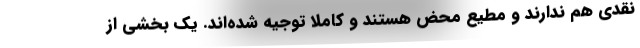
نقدی هم ندارند و مطیع محض هستند و کاملا توجیه شده‌اند. یک بخشی از